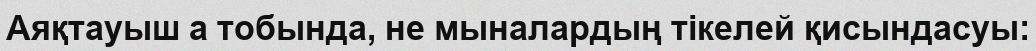
Аяқтауыш a тобында, не мыналардың тікелей қисындасуы: